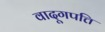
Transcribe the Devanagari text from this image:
वादूगपत्ति